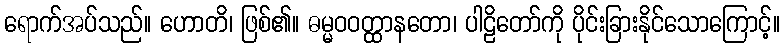
ရောက်အပ်သည်။ ဟောတိ၊ ဖြစ်၏။ ဓမ္မဝဝတ္ထာနတော၊ ပါဠိတော်ကို ပိုင်းခြားနိုင်သောကြောင့်။